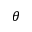
\theta